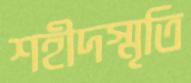
শহীদস্মৃতি